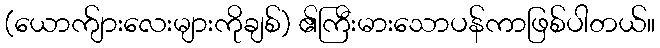
(ယောက်ျားလေးများကိုချစ်) ၏ကြီးမားသောပန်ကာဖြစ်ပါတယ်။